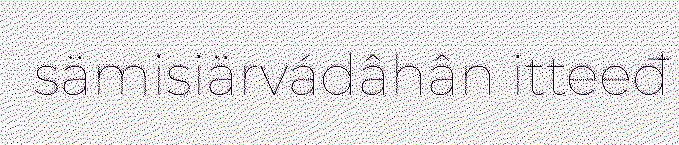
sämisiärvádâhân itteeđ